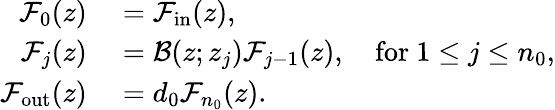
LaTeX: \begin{array}{rl}{\mathcal{F}_{0}(z)}&{{}=\mathcal{F}_{\mathrm{in}}(z),}\\ {\mathcal{F}_{j}(z)}&{{}=\mathcal{B}(z;z_{j})\mathcal{F}_{j-1}(z),\quad\mathrm{for}\ 1\leq j\leq n_{0},}\\ {\mathcal{F}_{\mathrm{out}}(z)}&{{}=d_{0}\mathcal{F}_{n_{0}}(z).}\end{array}